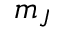
m _ { J }